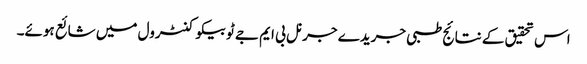
اس تحقیق کے نتائج طبی جریدے جرنل بی ایم جے ٹوبیکو کنٹرول میں شائع ہوئے۔